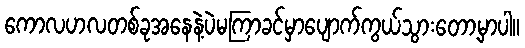
ကောလဟလတစ်ခုအနေနဲ့ပဲမကြာခင်မှာပျောက်ကွယ်သွားတော့မှာပါ။